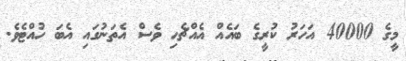
މީގެ 40000 އަހަރު ކުރީގެ ބައެއް އެއްޗެހި ވެސް އެތަނުގައި އެބަ ހުއްޓެވެ.